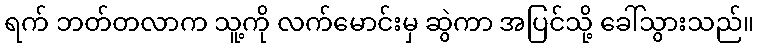
ရက် ဘတ်တလာက သူ့ကို လက်မောင်းမှ ဆွဲကာ အပြင်သို့ ခေါ်သွားသည်။